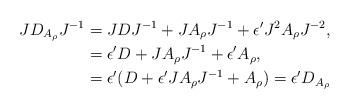
LaTeX: \begin{align*} JD_{A_\rho} J^{-1} &= J D J^{-1} + J A_\rho J^{-1}+ \epsilon' J^2 A_\rho J^{-2}, \\&= \epsilon' D + J A_\rho J^{-1}+ \epsilon' A_\rho, \\&= \epsilon' (D + \epsilon' J A_\rho J^{-1}+ A_\rho) = \epsilon' D_{A_\rho}\end{align*}